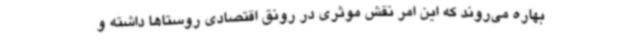
بهاره می‌روند که این امر نقش موثری در رونق اقتصادی روستاها داشته و